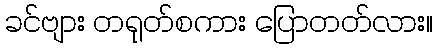
ခင်ဗျား တရုတ်စကား ပြောတတ်လား။